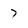
Character: 7